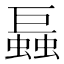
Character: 螶